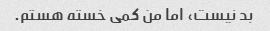
بد نیست، اما من کمی خسته هستم.